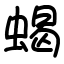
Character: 蝎